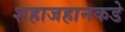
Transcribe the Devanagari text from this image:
शहाजहानकडे